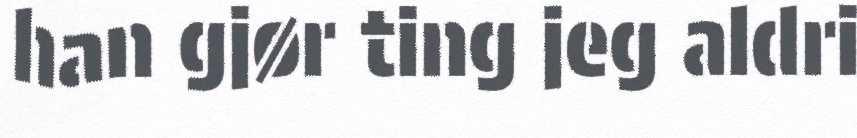
han gjør ting jeg aldri